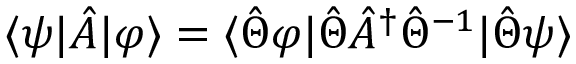
\langle \psi | \hat { A } | \varphi \rangle = \langle \hat { \Theta } \varphi | \hat { \Theta } \hat { A } ^ { \dagger } \hat { \Theta } ^ { - 1 } | \hat { \Theta } \psi \rangle